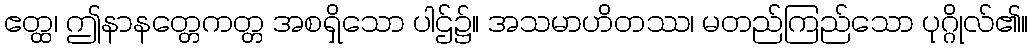
ဧတ္ထ၊ ဤနာနတ္တေကတ္တ အစရှိသော ပါဌ်၌။ အသမာဟိတဿ၊ မတည်ကြည်သော ပုဂ္ဂိုလ်၏။